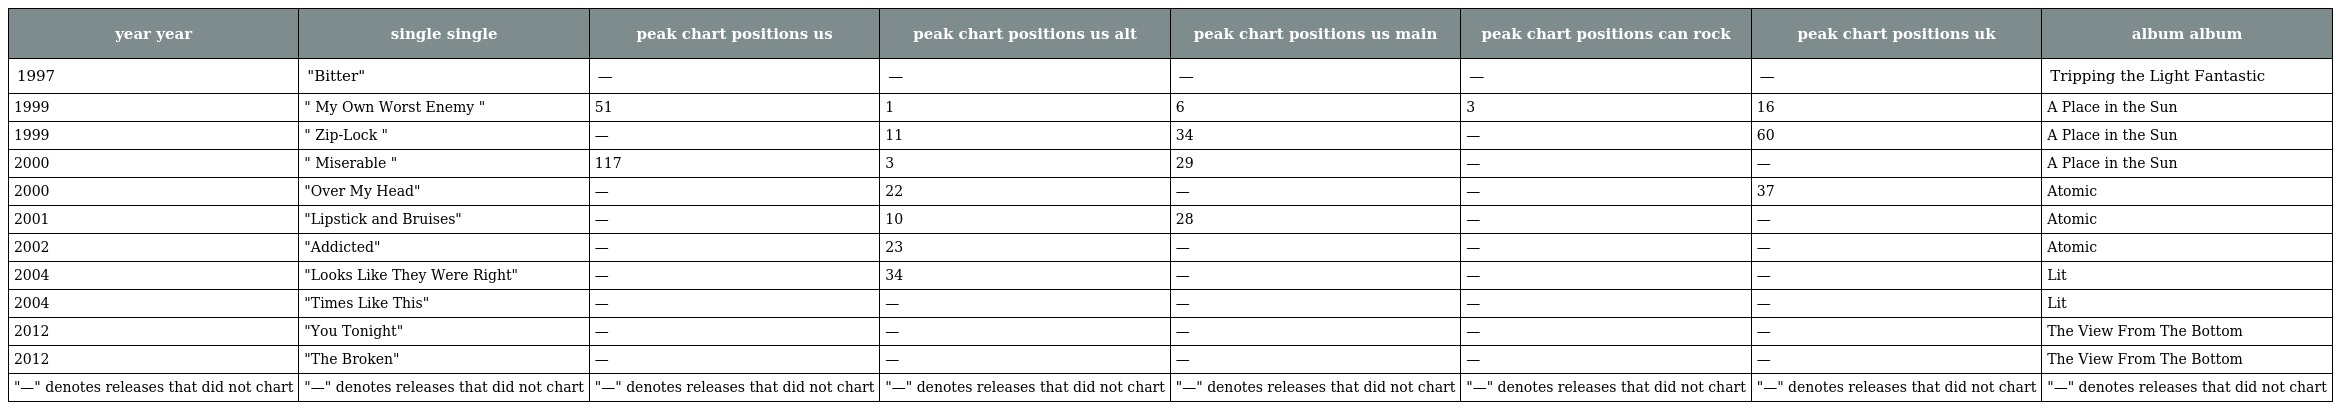
| year year | single single | peak chart positions us | peak chart positions us alt | peak chart positions us main | peak chart positions can rock | peak chart positions uk | album album |
 | --- | --- | --- | --- | --- | --- | --- | --- |
 | 1997 | "Bitter" | — | — | — | — | — | Tripping the Light Fantastic |
 | 1999 | " My Own Worst Enemy " | 51 | 1 | 6 | 3 | 16 | A Place in the Sun |
 | 1999 | " Zip-Lock " | — | 11 | 34 | — | 60 | A Place in the Sun |
 | 2000 | " Miserable " | 117 | 3 | 29 | — | — | A Place in the Sun |
 | 2000 | "Over My Head" | — | 22 | — | — | 37 | Atomic |
 | 2001 | "Lipstick and Bruises" | — | 10 | 28 | — | — | Atomic |
 | 2002 | "Addicted" | — | 23 | — | — | — | Atomic |
 | 2004 | "Looks Like They Were Right" | — | 34 | — | — | — | Lit |
 | 2004 | "Times Like This" | — | — | — | — | — | Lit |
 | 2012 | "You Tonight" | — | — | — | — | — | The View From The Bottom |
 | 2012 | "The Broken" | — | — | — | — | — | The View From The Bottom |
 | "—" denotes releases that did not chart | "—" denotes releases that did not chart | "—" denotes releases that did not chart | "—" denotes releases that did not chart | "—" denotes releases that did not chart | "—" denotes releases that did not chart | "—" denotes releases that did not chart | "—" denotes releases that did not chart |